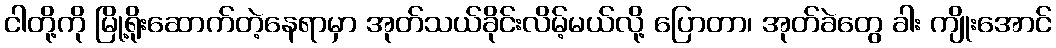
ငါတို့ကို မြို့ရိုးဆောက်တဲ့နေရာမှာ အုတ်သယ်ခိုင်းလိမ့်မယ်လို့ ပြောတာ၊ အုတ်ခဲတွေ ခါး ကျိုးအောင်